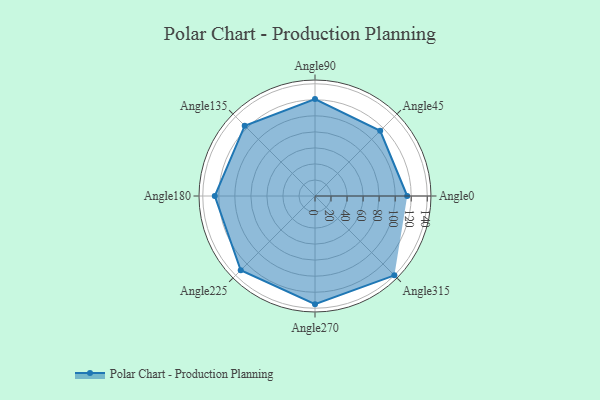
{"axis": {"x": "Angle", "y": "Radius"}, "legend": [""], "data": [{"x": "Angle0", "y": 115.0, "type": ""}, {"x": "Angle45", "y": 115.0, "type": ""}, {"x": "Angle90", "y": 121.0, "type": ""}, {"x": "Angle135", "y": 124.0, "type": ""}, {"x": "Angle180", "y": 125.0, "type": ""}, {"x": "Angle225", "y": 131.0, "type": ""}, {"x": "Angle270", "y": 135.0, "type": ""}, {"x": "Angle315", "y": 140.0, "type": ""}]}